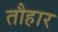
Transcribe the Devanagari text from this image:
तौहार